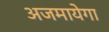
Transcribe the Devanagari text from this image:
अजमायेगा